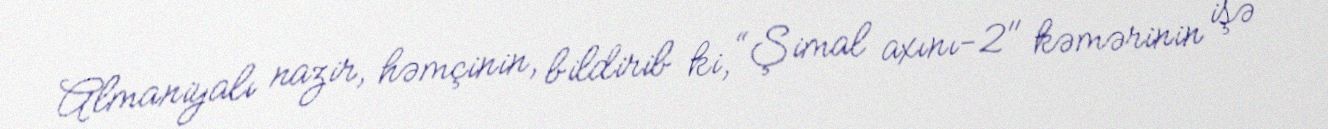
Almaniyalı nazir, həmçinin, bildirib ki, “Şimal axını-2" kəmərinin işə